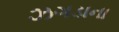
ઝગડાના